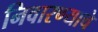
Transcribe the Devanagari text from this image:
निवारण्याचे